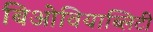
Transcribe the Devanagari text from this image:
बिओवियाब्लिटी